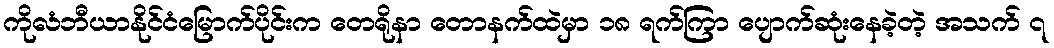
ကိုလံဘီယာနိုင်ငံမြောက်ပိုင်းက တေရိုနာ တောနက်ထဲမှာ ၁၈ ရက်ကြာ ပျောက်ဆုံးနေခဲ့တဲ့ အသက် ၇